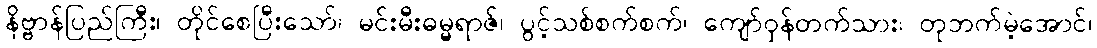
နိဗ္ဗာန်ပြည်ကြီး၊ တိုင်စေပြီးသော်၊ မင်းမီးဓမ္မရာဇ်၊ ပွင့်သစ်စက်စက်၊ ကျော်ဝှန်တက်သား၊ တုဘက်မဲ့အောင်၊